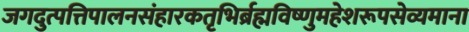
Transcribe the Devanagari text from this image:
जगदुत्पत्तिपालनसंहारकतृभिर्ब्रह्मविष्णुमहेशरूपसेव्यमाना